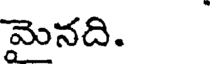
మెనది.